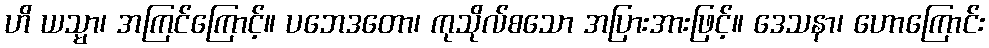
ဟိ ယသ္မာ၊ အကြင်ကြောင့်။ ပဘေဒတော၊ ကုသိုလ်စသော အပြားအားဖြင့်။ ဒေသနာ၊ ဟောကြောင်း